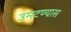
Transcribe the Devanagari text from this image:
उमटण्यास